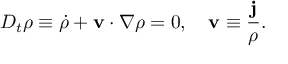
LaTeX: D _ { t } \rho \equiv \dot { \rho } + { \bf v } \cdot \nabla \rho = 0 , ~ ~ ~ { \bf v } \equiv \frac { \bf j } { \rho } .